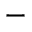
-